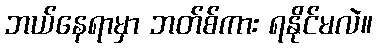
ဘယ်နေရာမှာ ဘတ်စ်ကား ရနိုင်မလဲ။